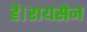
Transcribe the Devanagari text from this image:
है।रायसेन